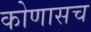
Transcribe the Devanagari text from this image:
कोणासच